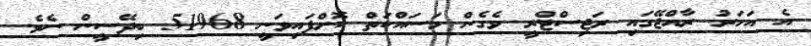
އެ އަހަރު ރާއްޖޭގައި ރަޖިސްޓްރީ ވެގެން މަސައްކަތް ކޮށްފައިވަނީ 51968 ބިދޭސީން ނެވެ.